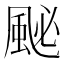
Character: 䫾